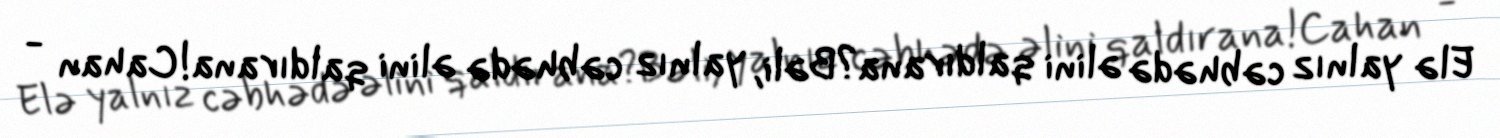
Elə yalnız cəbhədə əlini qaldırana?Bəli, yalnız cəbhədə əlini qaldırana!Cahan -